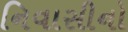
નિવાસીનો